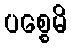
ပစ္စေမိ